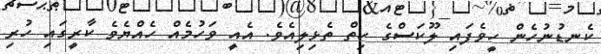
ކެނޑުނުހެން ހީވެފައި ލޫކަސްގެ ހިތް ތެޅިލިއެވެ. އެއީ ވަހުމެއް ހެއްޔެވެ ކާރީގައި ހުރި